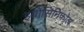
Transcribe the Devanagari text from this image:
इयोसिनिफोल